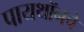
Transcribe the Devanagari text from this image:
पायथॉनचे